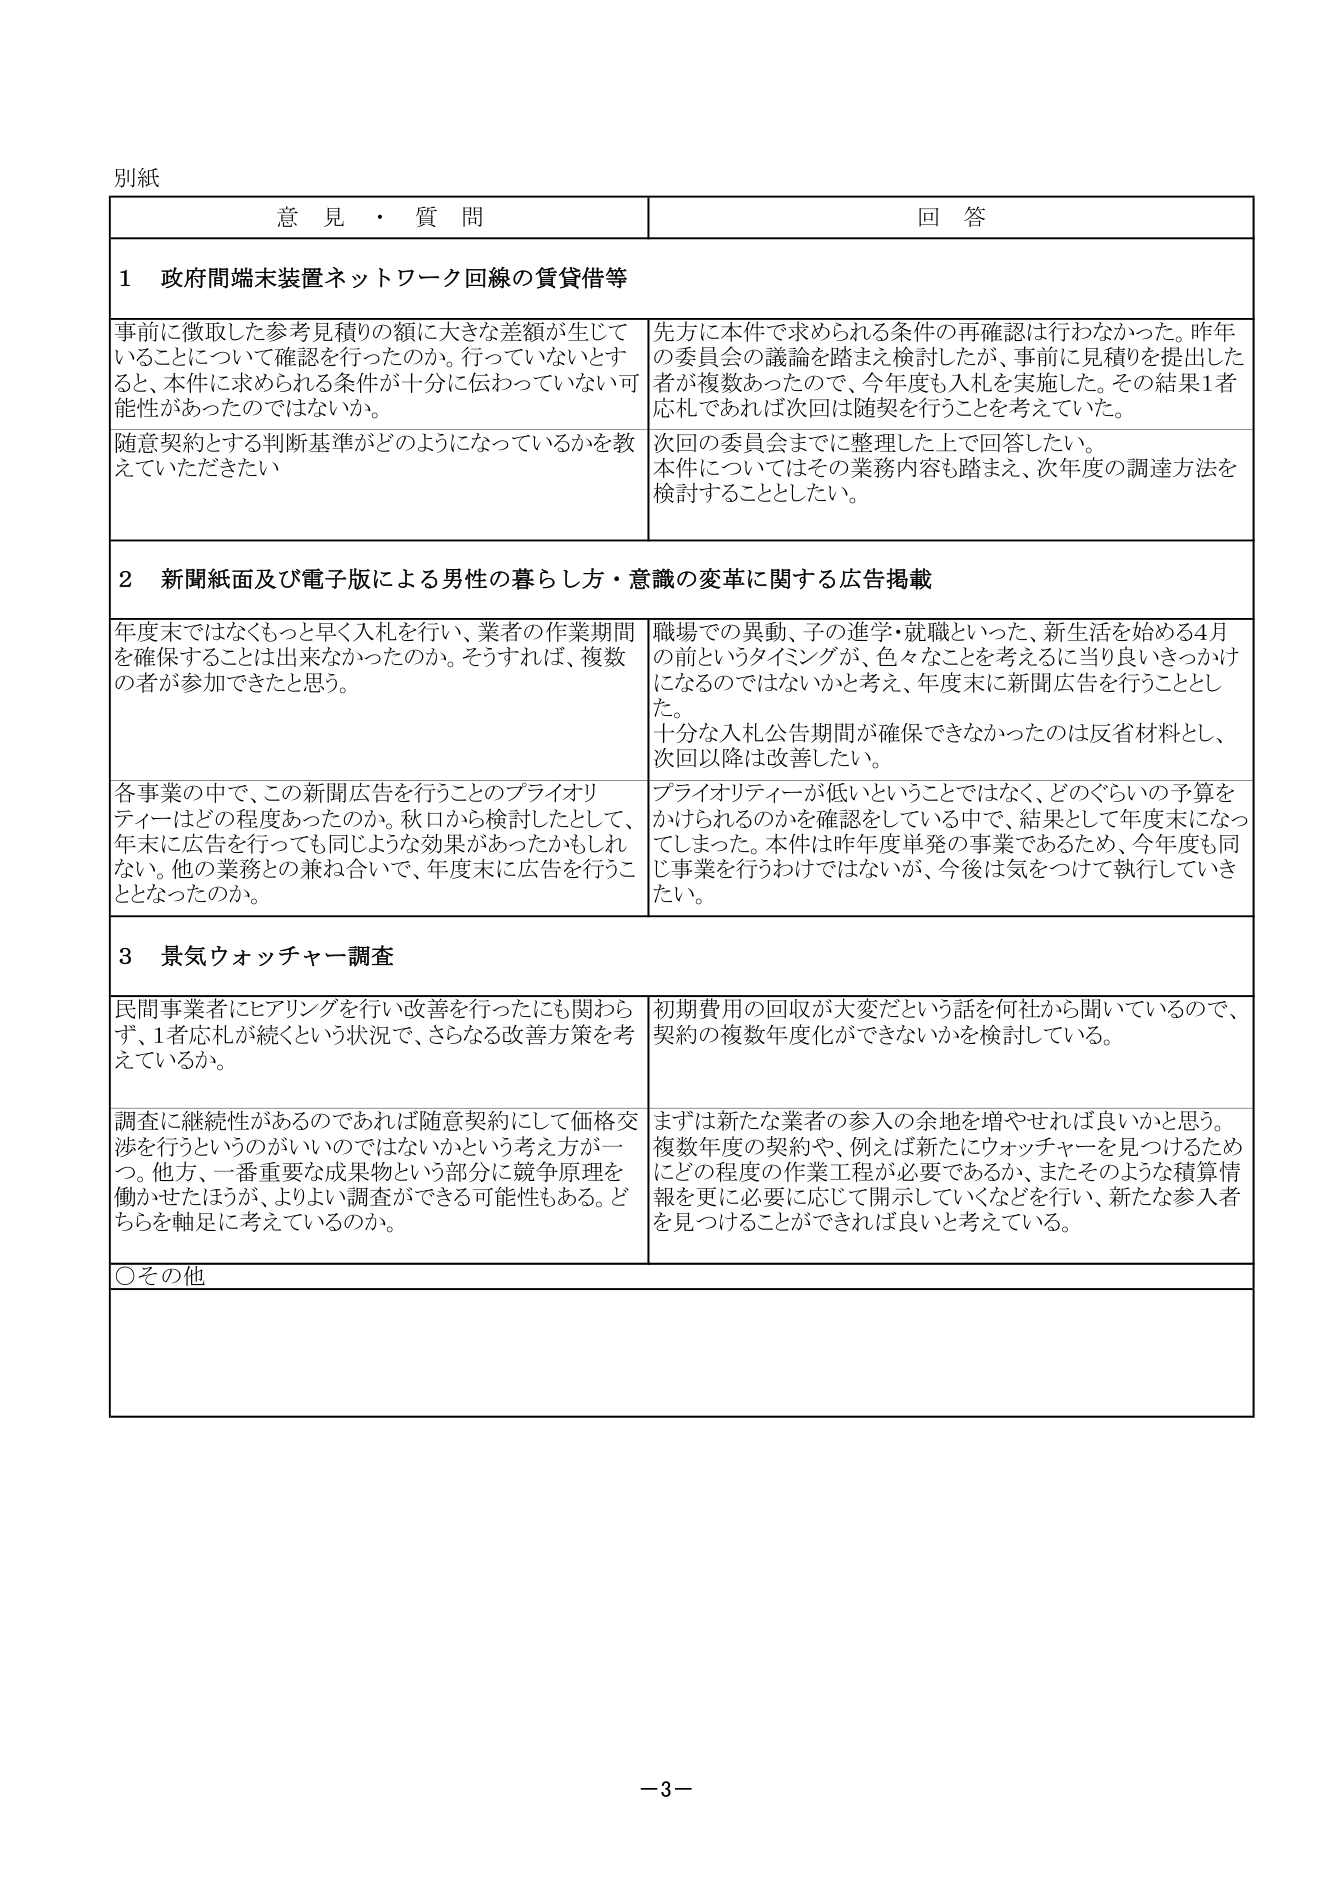
別紙

意見・質問